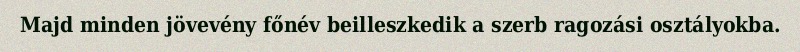
Majd minden jövevény főnév beilleszkedik a szerb ragozási osztályokba.